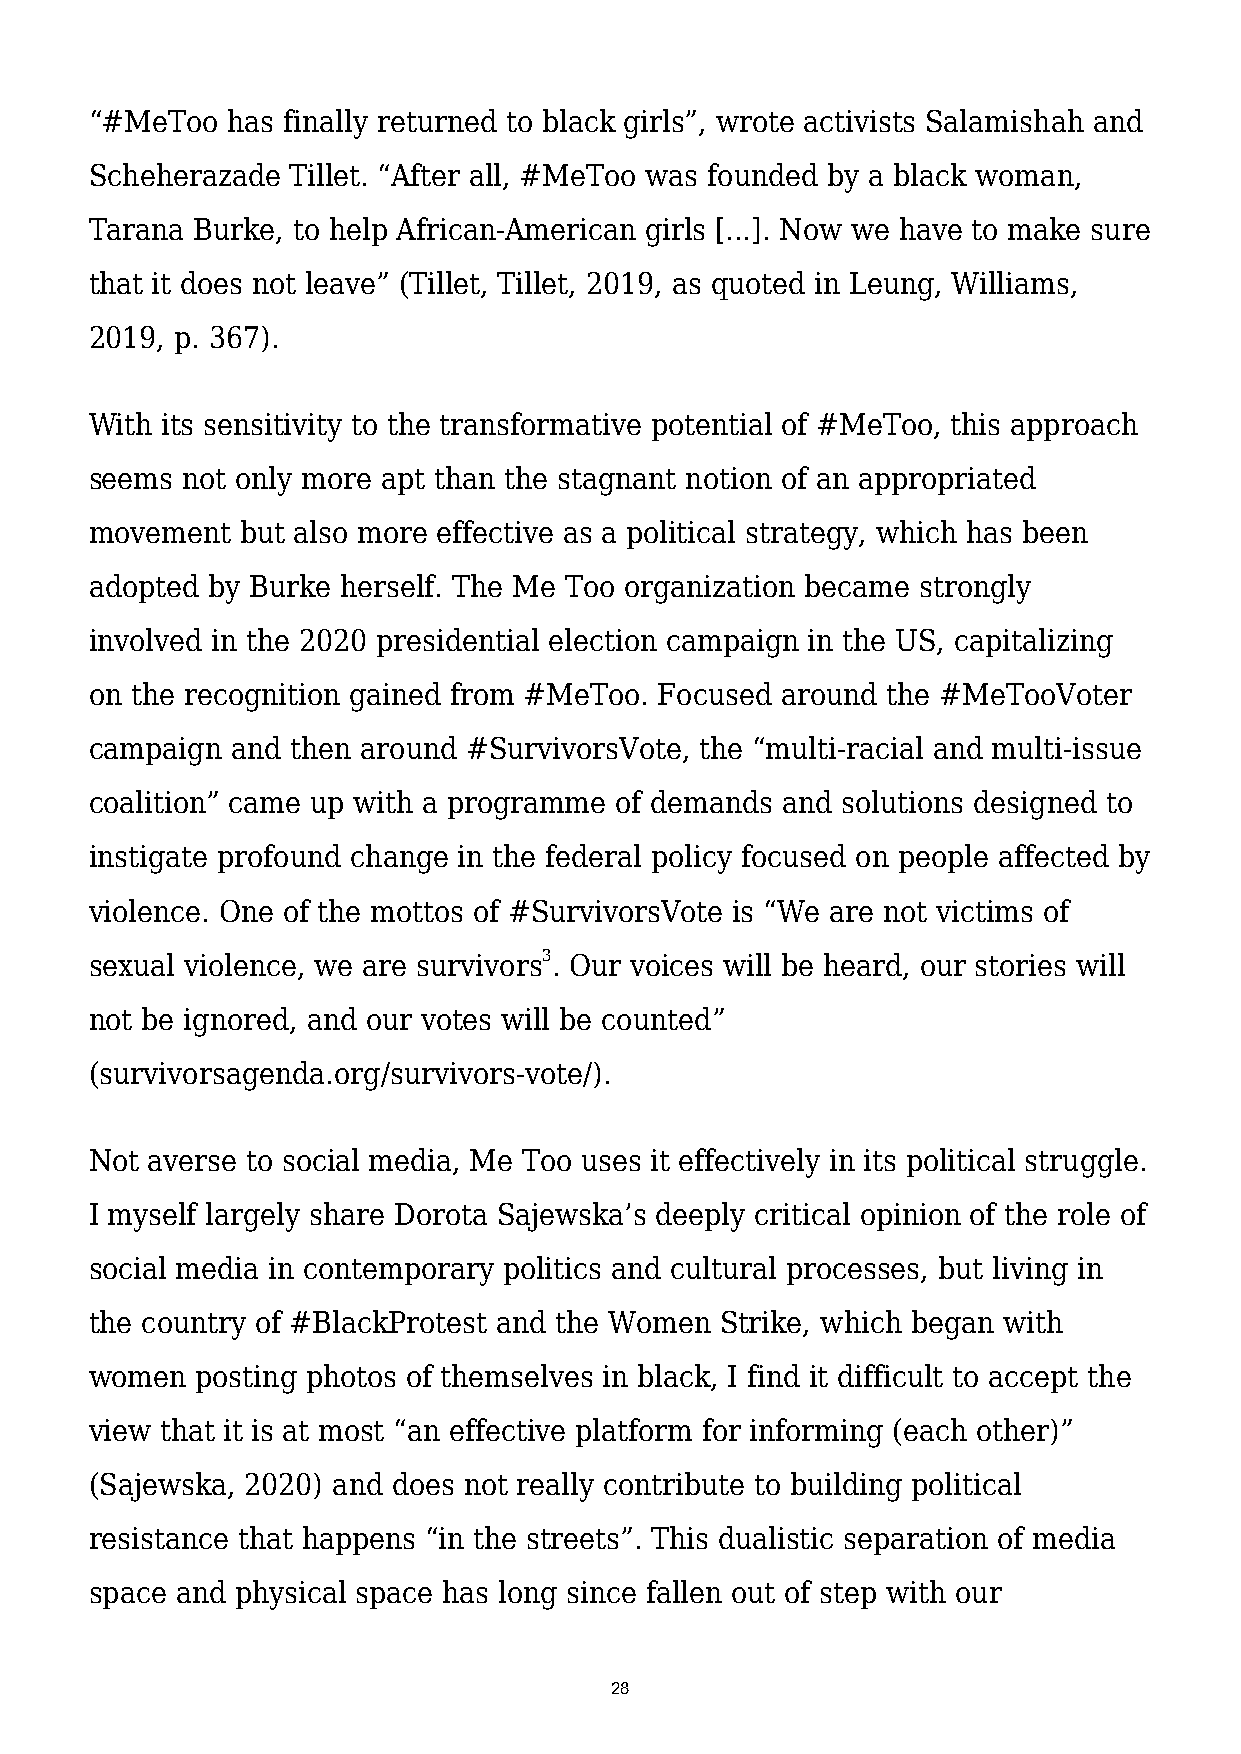
“#MeToo  has finally returned to black girls”, wrote activists Salamishah and
 Scheherazade Tillet. “After all, #MeToo was founded by a black woman,
 Tarana Burke, to help African-American girls [...]. Now we have to make sure
 that it does not leave” (Tillet, Tillet, 2019, as quoted in Leung, Williams,
 2019, p. 367).
 With its sensitivity to the transformative potential of #MeToo, this approach
 seems not only more apt than the stagnant notion of an appropriated
 movement  but also more effective as a political strategy, which has been
 adopted by Burke herself. The Me Too organization became strongly
 involved in the 2020 presidential election campaign in the US, capitalizing
 on the recognition gained from #MeToo. Focused around the #MeTooVoter
 campaign and then around #SurvivorsVote, the “multi-racial and multi-issue
 coalition” came up with a programme of demands and solutions designed to
 instigate profound change in the federal policy focused on people affected by
 violence. One of the mottos of #SurvivorsVote is “We are not victims of
 sexual violence, we are survivors3. Our voices will be heard, our stories will
 not be ignored, and our votes will be counted”
 (survivorsagenda.org/survivors-vote/).
 Not averse to social media, Me Too uses it effectively in its political struggle.
 I myself largely share Dorota Sajewska’s deeply critical opinion of the role of
 social media in contemporary politics and cultural processes, but living in
 the country of #BlackProtest and the Women Strike, which began with
 women  posting photos of themselves in black, I find it difficult to accept the
 view that it is at most “an effective platform for informing (each other)”
 (Sajewska, 2020) and does not really contribute to building political
 resistance that happens “in the streets”. This dualistic separation of media
 space and physical space has long since fallen out of step with our
 28